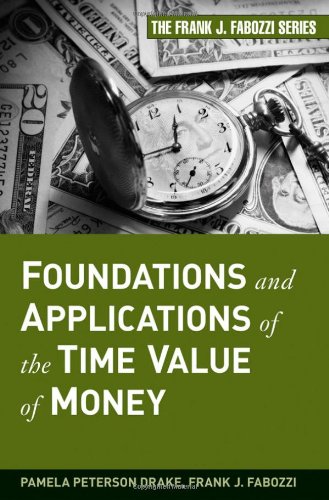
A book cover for Foundations and Applications of the Time Value of Money; Pamela Peterson Drake; Business & Money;